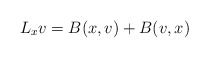
\begin{align*} L_x v = B(x,v) + B(v,x)\end{align*}